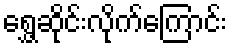
ရွှေ့ဆိုင်းလိုက်ကြောင်း